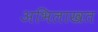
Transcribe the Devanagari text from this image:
अभिलाखत